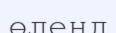
өлеңд